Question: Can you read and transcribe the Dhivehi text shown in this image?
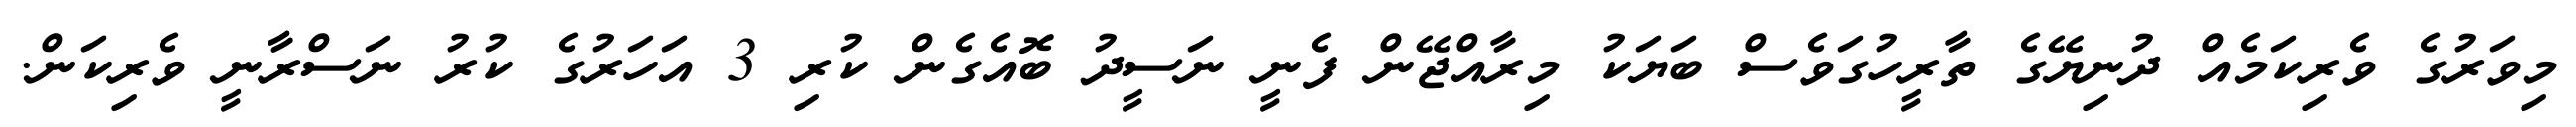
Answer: މިވަރުގެ ވެރިކަމެއް ދުނިޔޭގެ ތާރީހުގަވެސް ބަޔަކު މިރާއްޖޭން ފެނީ ނަސީދު ބޮއެގެން ކުރި 3 އަހަރުގެ ކުރު ނަސްރާނީ ވެރިކަން.